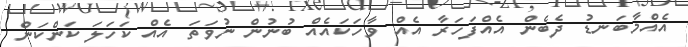
އެއްމާބަނޑު ދެބެން އެއްފަހަރާ އެއް ވާހަކައެއް ބުނުން ނުވަތަ އެއް ކަހަލަ ކަންކަން